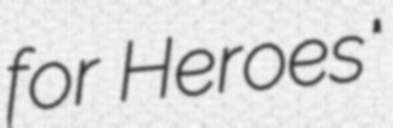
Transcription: for Heroes"